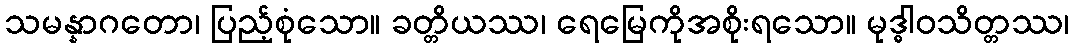
သမန္နာဂတော၊ ပြည့်စုံသော။ ခတ္တိယဿ၊ ရေမြေကိုအစိုးရသော။ မုဒ္ဓါဝသိတ္တဿ၊